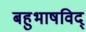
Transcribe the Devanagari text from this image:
बहुभाषविद्